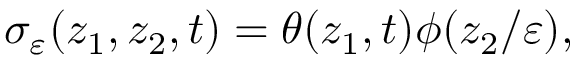
\sigma _ { \varepsilon } ( z _ { 1 } , z _ { 2 } , t ) = \theta ( z _ { 1 } , t ) \phi ( z _ { 2 } / \varepsilon ) ,